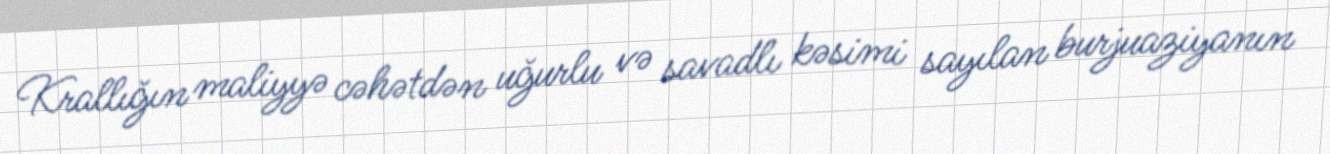
Krallığın maliyyə cəhətdən uğurlu və savadlı kəsimi sayılan burjuaziyanın